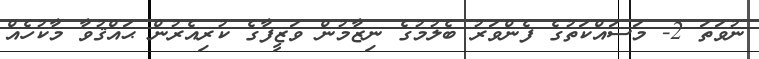
ނުވަތަ 2- މަސައްކަތުގެ ފެންވަރު ބެލުމުގެ ނިޒާމުން ވަޒީފާގެ ކުރިއެރުން ޙައްޤުވާ މާކުހެއް